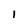
Character: I